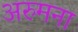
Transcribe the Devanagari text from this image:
अरुमना